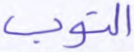
التوب